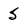
Character: 5